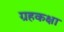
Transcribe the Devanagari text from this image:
ग्रहकक्षा